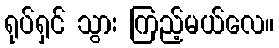
ရုပ်ရှင် သွား ကြည့်မယ်လေ။